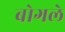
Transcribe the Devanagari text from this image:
बोगले